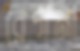
রেগনা